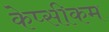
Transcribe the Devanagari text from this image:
केप्सीकम